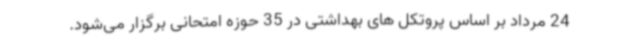
24 مرداد بر اساس پروتکل های بهداشتی در 35 حوزه امتحانی برگزار می‌شود.